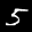
Label: 5